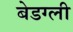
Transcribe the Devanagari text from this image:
बेडग्ली